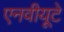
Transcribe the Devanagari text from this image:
एनवीयूटे